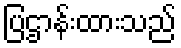
ပြဌာန်းထားသည်